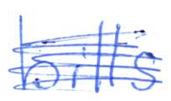
Text: bills
Cross-out: scratch
Writing tool: ballpoint